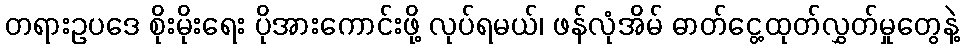
တရားဥပဒေ စိုးမိုးရေး ပိုအားကောင်းဖို့ လုပ်ရမယ်၊ ဖန်လုံအိမ် ဓာတ်ငွေ့ထုတ်လွှတ်မှုတွေနဲ့